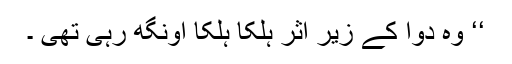
‘‘ وہ دوا کے زیر اثر ہلکا ہلکا اونگھ رہی تھی ۔